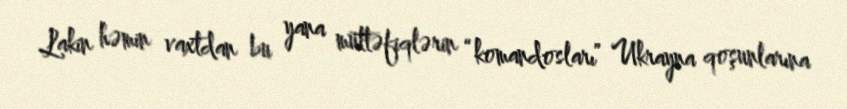
Lakin həmin vaxtdan bu yana müttəfiqlərin “komandosları” Ukrayna qoşunlarına